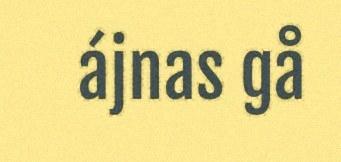
ájnas gå